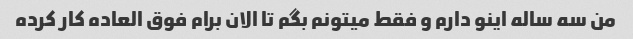
من سه ساله اینو دارم و فقط میتونم بگم تا الان برام فوق العاده کار کرده